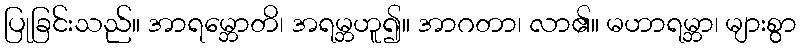
ပြုခြင်းသည်။ အာရမ္ဘောတိ၊ အရမ္ဘဟူ၍။ အာဂတာ၊ လာ၏။ မဟာရမ္ဘာ၊ များစွာ